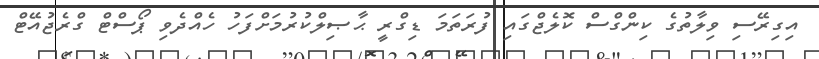
އިގިރޭސި ވިލާތުގެ ކިންގްސް ކޮލެޖްގައި ފުރަތަމަ ޑިގްރީ ޙާޞިލްކުރުމަށްފަހު ހެއްދެވި ޕޯސްޓް ގްރެޖުއޭޓް